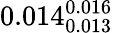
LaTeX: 0.014_{0.013}^{0.016}